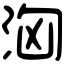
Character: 洶